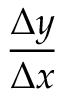
\frac { \Delta y } { \Delta x }